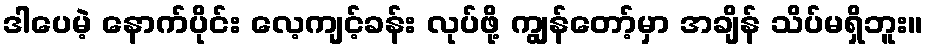
ဒါပေမဲ့ နောက်ပိုင်း လေ့ကျင့်ခန်း လုပ်ဖို့ ကျွန်တော့်မှာ အချိန် သိပ်မရှိဘူး။